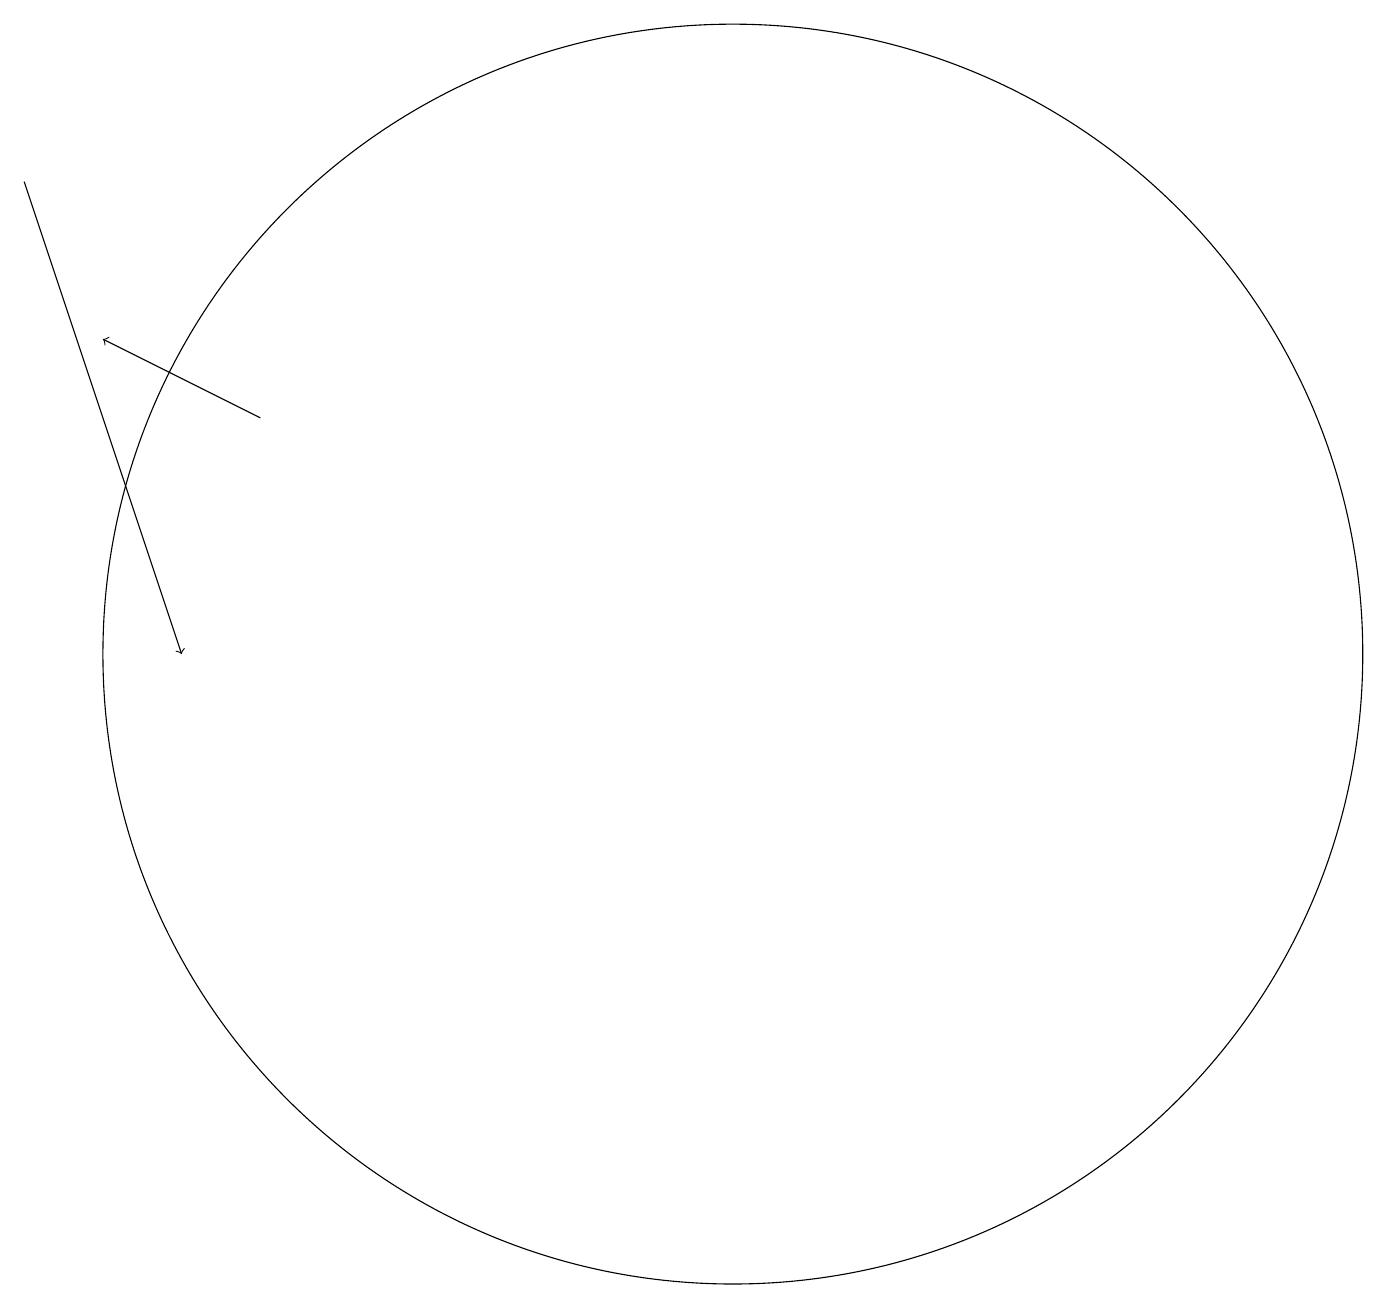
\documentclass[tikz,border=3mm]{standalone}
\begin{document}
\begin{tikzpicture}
\draw (12,12) circle (8);
\draw[->] (6,15) -- (4,16);
\draw[->] (3,18) -- (5,12);
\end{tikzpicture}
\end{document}